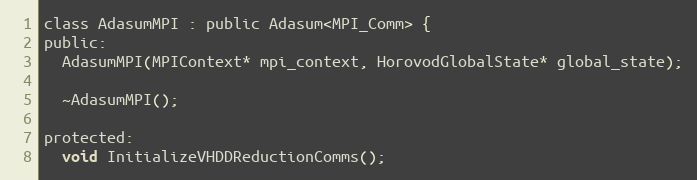
Language: C
class AdasumMPI : public Adasum<MPI_Comm> {
public:
  AdasumMPI(MPIContext* mpi_context, HorovodGlobalState* global_state);

  ~AdasumMPI();

protected:
  void InitializeVHDDReductionComms();